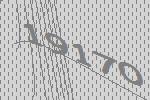
19170